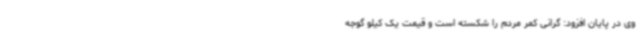
وی در پایان افزود: گرانی کمر مردم را شکسته است و قیمت یک کیلو گوجه